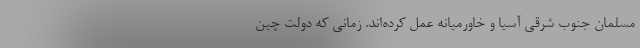
مسلمان جنوب شرقی آسیا و خاورمیانه عمل کرده‌اند. زمانی که دولت چین